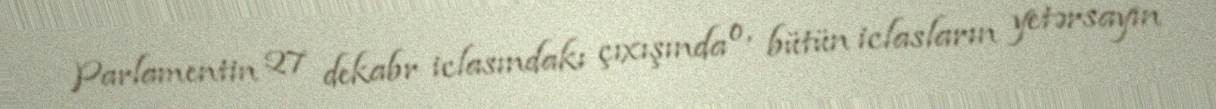
Parlamentin 27 dekabr iclasındakı çıxışında o, bütün iclasların yetərsayın